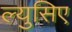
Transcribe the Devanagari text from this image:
ल्युसिए